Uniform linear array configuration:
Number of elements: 8
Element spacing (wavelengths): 1
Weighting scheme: uniform
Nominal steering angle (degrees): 45
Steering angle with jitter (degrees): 45.108
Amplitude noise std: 0.05
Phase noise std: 0.05

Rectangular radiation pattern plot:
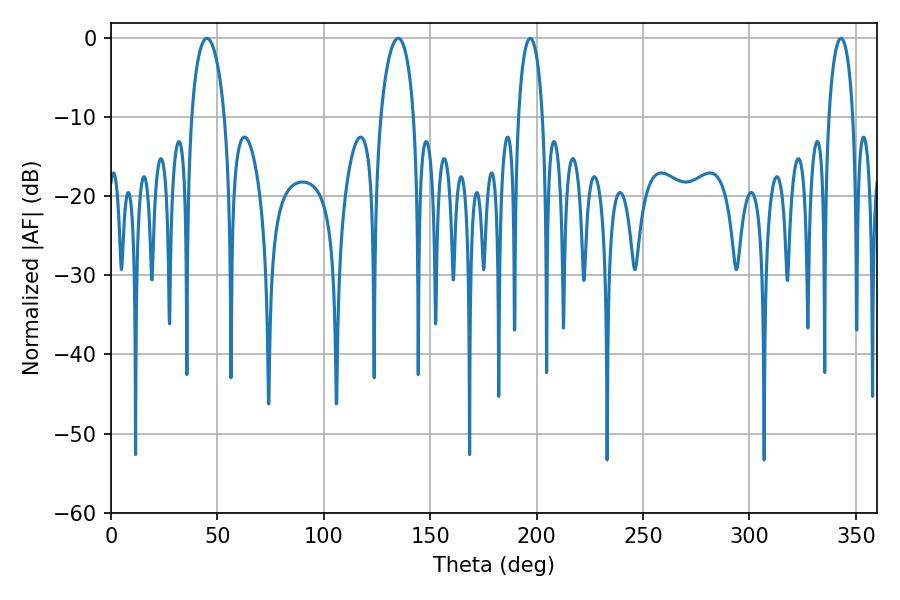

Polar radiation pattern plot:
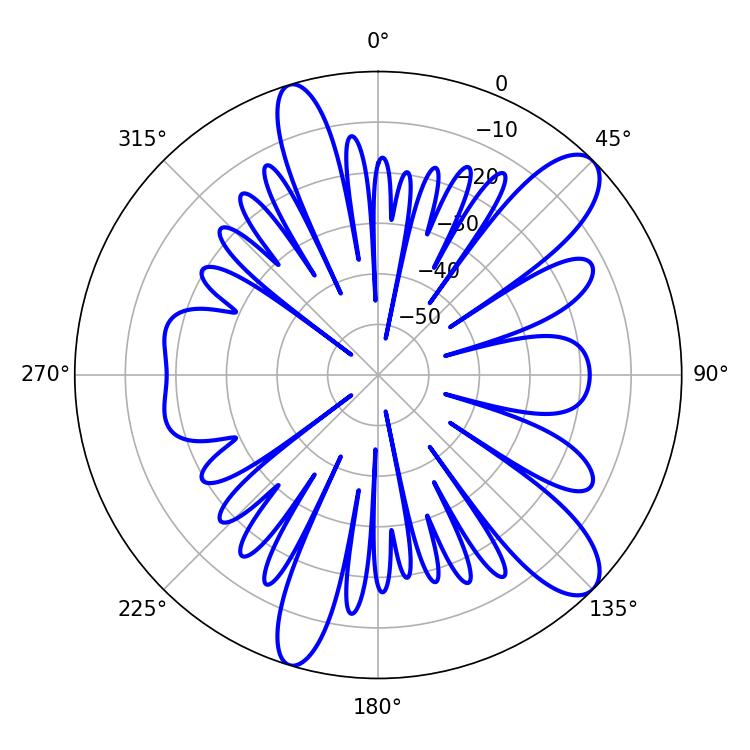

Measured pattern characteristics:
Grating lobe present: TRUE
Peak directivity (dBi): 10.887
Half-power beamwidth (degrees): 8.82
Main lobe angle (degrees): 45